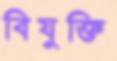
বিযুক্তি